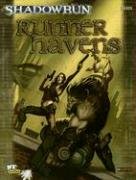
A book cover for Shadowrun: Runner Havens (FPR26005) (Shadowrun (Fanpro)); Shadowrun; Science Fiction & Fantasy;